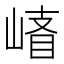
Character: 𰎪